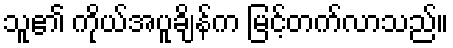
သူ၏ ကိုယ်အပူချိန်က မြင့်တက်လာသည်။